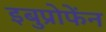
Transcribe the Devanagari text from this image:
इबुप्रोफेंन